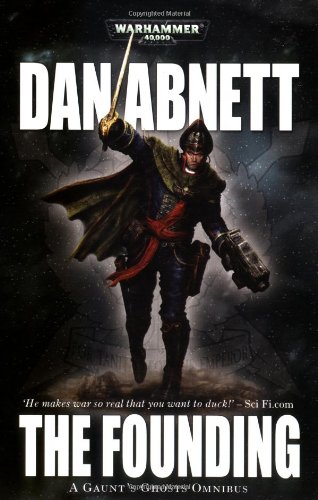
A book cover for Gaunt's Ghosts: The Founding; Dan Abnett; Literature & Fiction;